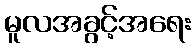
မူလအခွင့်အရေး